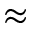
\approx